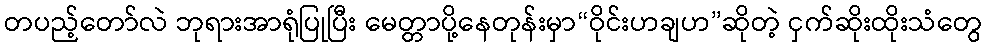
တပည့်တော်လဲ ဘုရားအာရုံပြုပြီး မေတ္တာပို့နေတုန်းမှာ“ဝိုင်းဟချဟ”ဆိုတဲ့ ငှက်ဆိုးထိုးသံတွေ